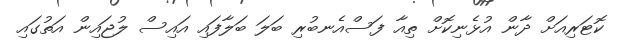
ކޮޓަރިއަށް ދާން އުޅެނިކޮށް ތިއާ ފަސްއެނބުރި ބަލަ ބަލާފައި އައިސް ލުޖައިން އަތުގައި